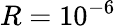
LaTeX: R=10^{-6}